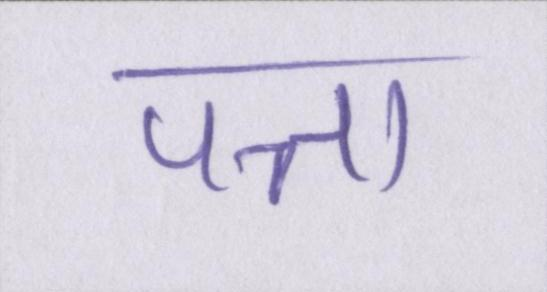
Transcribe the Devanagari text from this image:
पत्ता